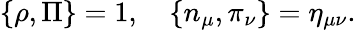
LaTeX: \{ \rho,\Pi\} =1,\quad\{ n_{\mu},\pi_{\nu}\} =\eta_{\mu\nu}.